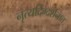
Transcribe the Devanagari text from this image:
नृत्यदिग्दर्शनात